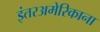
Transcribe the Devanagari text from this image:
इंतरअमेरिकाना